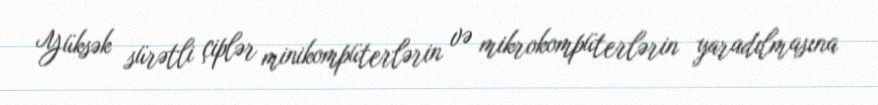
Yüksək sürətli çiplər minikompüterlərin və mikrokompüterlərin yaradılmasına